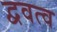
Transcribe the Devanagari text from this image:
द्ववत्व